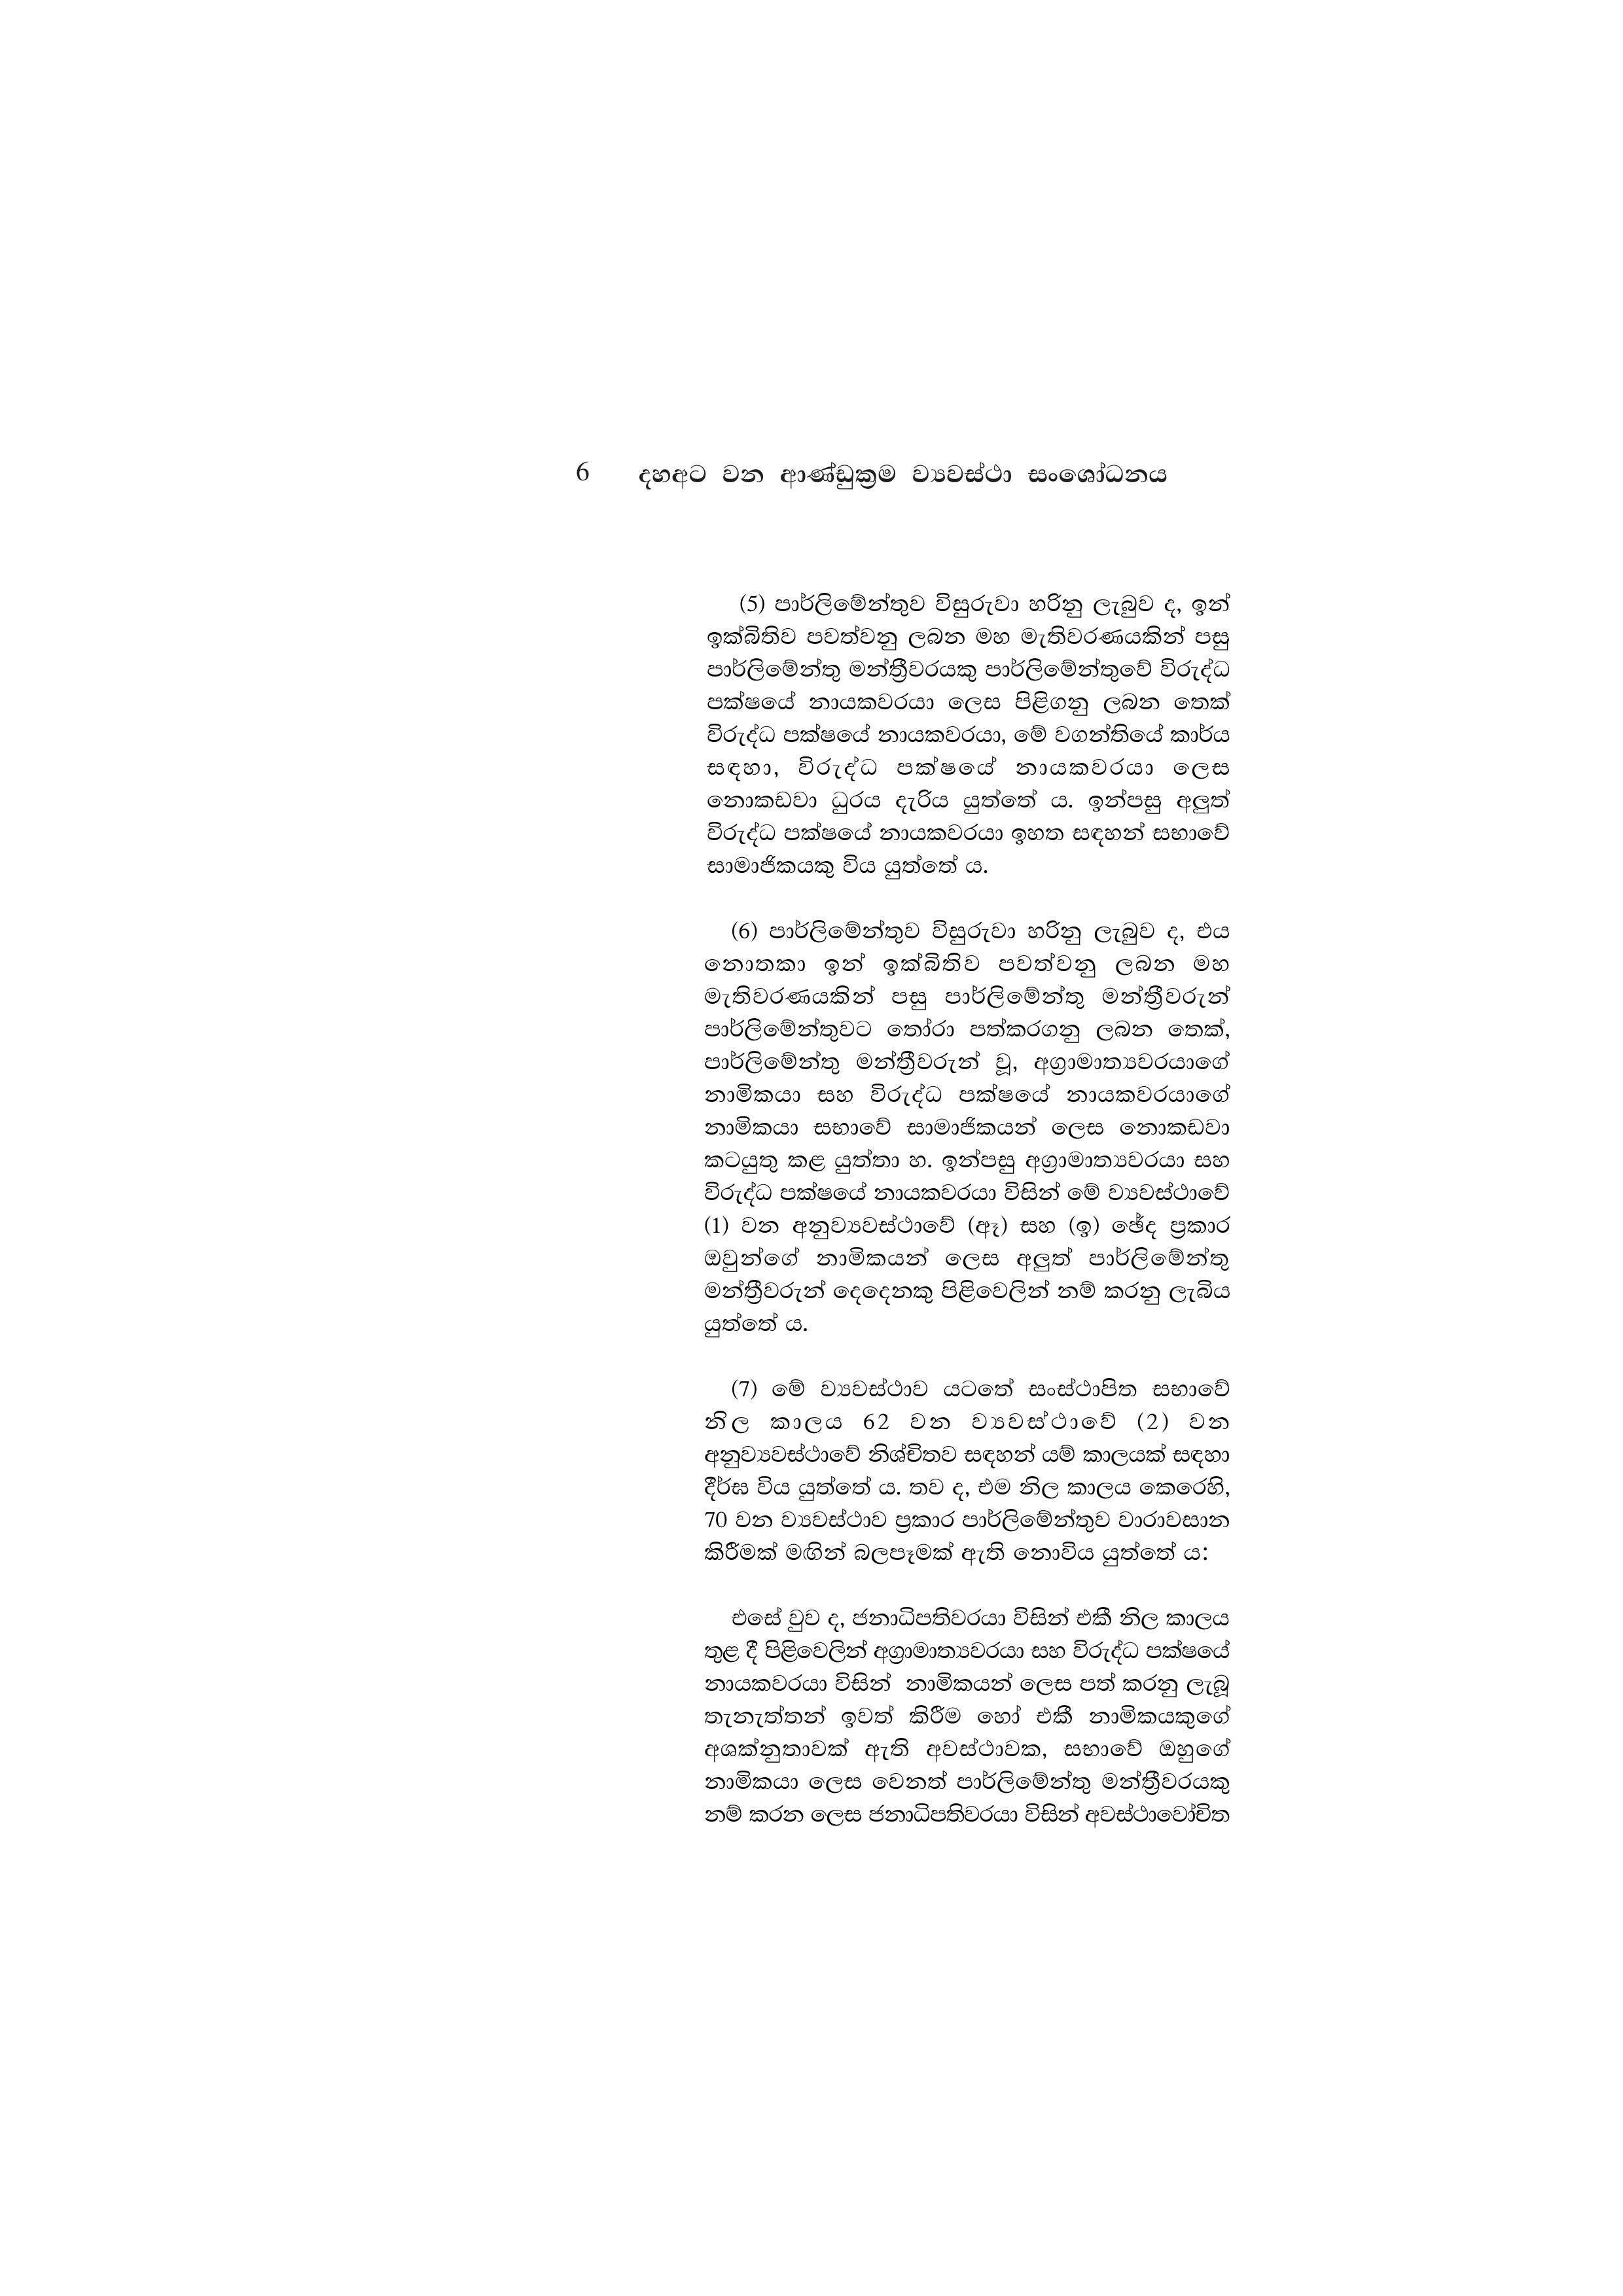
6  දහඅට වන ආණ්ඩුක්‍රම ව්‍යවස්ථා සංශෝධනය

(5) පාර්ලිමේන්තුව විසුරුවා හරිනු ලැබුව ද, ඉන්
ඉක්බිතිව පවත්වනු ලබන මහ මැතිවරණයකින් පසු
පාර්ලිමේන්තු මන්ත්‍රීවරයකු පාර්ලිමේන්තුවේ විරුද්ධ
පක්ෂයේ නායකවරයා ලෙස පිළිගනු ලබන තෙක්
විරුද්ධ පක්ෂයේ නායකවරයා, මේ වගන්තියේ කාර්ය
සඳහා, විරුද්ධ පක්ෂයේ නායකවරයා ලෙස
නොකඩවා ධුරය දැරිය යුත්තේ ය. ඉන්පසු අලුත්
විරුද්ධ පක්ෂයේ නායකවරයා ඉහත සඳහන් සභාවේ
සාමාජිකයකු විය යුත්තේ ය.

(6) පාර්ලිමේන්තුව විසුරුවා හරිනු ලැබුව ද, එය
නොතකා ඉන් ඉක්බිතිව පවත්වනු ලබන මහ
මැතිවරණයකින් පසු පාර්ලිමේන්තු මන්ත්‍රීවරුන්
පාර්ලිමේන්තුවට තෝරා පත්කරගනු ලබන තෙක්,
පාර්ලිමේන්තු මන්ත්‍රීවරුන් වූ, අග්‍රාමාත්‍යවරයාගේ
නාමිකයා සහ විරුද්ධ පක්ෂයේ නායකවරයාගේ
නාමිකයා සභාවේ සාමාජිකයන් ලෙස නොකඩවා
කටයුතු කළ යුත්තා හ. ඉන්පසු අග්‍රාමාත්‍යවරයා සහ
විරුද්ධ පක්ෂයේ නායකවරයා විසින් මේ ව්‍යවස්ථාවේ
(1) වන අනුව්‍යවස්ථාවේ (ඈ) සහ (ඉ) ඡේද ප්‍රකාර
ඔවුන්ගේ නාමිකයන් ලෙස අලුත් පාර්ලිමේන්තු
මන්ත්‍රීවරුන් දෙදෙනකු පිළිවෙලින් නම් කරනු ලැබිය
යුත්තේ ය.

(7)  මේ ව්‍යවස්ථාව යටතේ සංස්ථාපිත සභාවේ
කාලය  62 වන ව්‍යවස්ථාවේ (2) වන
අනුව්‍යවස්ථාවේ නිශ්චිතව සඳහන් යම් කාලයක් සඳහා
දීර්ඝ විය යුත්තේ ය. තව ද, එම නිල කාලය කෙරෙහි,
70 වන ව්‍යවස්ථාව ප්‍රකාර පාර්ලිමේන්තුව වාරාවසාන
කිරීමක් මඟින් බලපෑමක් ඇති නොවිය යුත්තේ ය:

එසේ වුව ද, ජනාධිපතිවරයා විසින් එකී නිල කාලය
තුළ දී පිළිවෙලින් අග්‍රාමාත්‍යවරයා සහ විරුද්ධ පක්ෂයේ
නායකවරයා විසින් නාමිකයන් ලෙස පත් කරනු ලැබූ
තැනැත්තන් ඉවත් කිරීම හෝ එකී නාමිකයකුගේ
අශක්නුතාවක් ඇති අවස්ථාවක, සභාවේ ඔහුගේ
නාමිකයා ලෙස වෙනත් පාර්ලිමේන්තු මන්ත්‍රීවරයකු
නම් කරන ලෙස ජනාධිපතිවරයා විසින් අවස්ථාවෝචිත